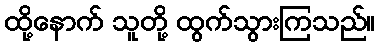
ထို့နောက် သူတို့ ထွက်သွားကြသည်။